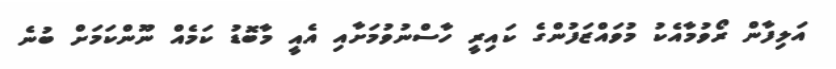
އަލިފާން ރޯވުމާއެކު މުވައްޒަފުންގެ ކައިރީ ހާސްނުވުމަށާއި އެއީ މާބޮޑު ކަމެއް ނޫންކަމަށް ބުނެ